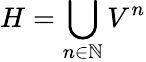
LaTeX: H=\bigcup_{n\in\mathbb{N}}V^{n}